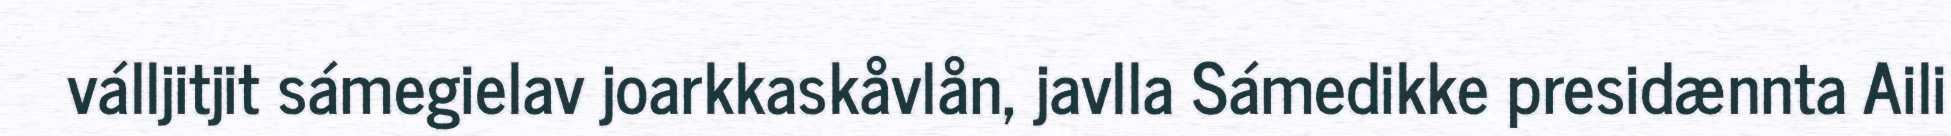
válljitjit sámegielav joarkkaskåvlån, javlla Sámedikke presidænnta Aili